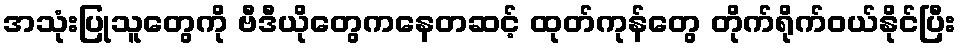
အသုံးပြုသူတွေကို ဗီဒီယိုတွေကနေတဆင့် ထုတ်ကုန်တွေ တိုက်ရိုက်ဝယ်နိုင်ပြီး